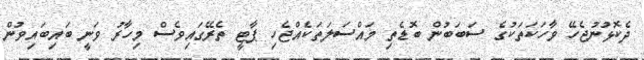
ދެކޮޅުނުޖެހޭ ވާހަކަތަކުގެ ސަބަބުން ބޮޑެތި މައްސަލަތަކެއްޖެހި ޕާޓީ ތެރޭގައިވެސް މިހާރު ވަނީ ބައިބައިވުން